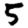
Digit: 5